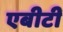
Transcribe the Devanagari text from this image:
एबीटी